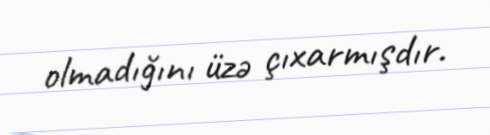
olmadığını üzə çıxarmışdır.